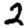
Digit: 2